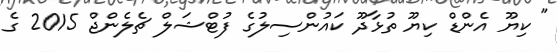
" ކިޔޫ އެންޑް ކިޔޫ ތުޅާދޫ ކައުންސިލުގެ ފުޓްޝަލް ޗެލެންޖް 2015 ގެ